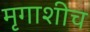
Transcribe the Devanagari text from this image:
मृगाशीच